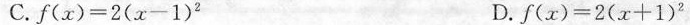
C. $$f ( x ) = 2 ( x - 1 ) ^ { 2 }$$ D.$$f ( x ) = 2 ( x + 1 ) ^ { 2 }$$